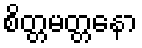
စိတ္တမတ္တနော